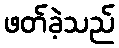
ဖတ်ခဲ့သည်